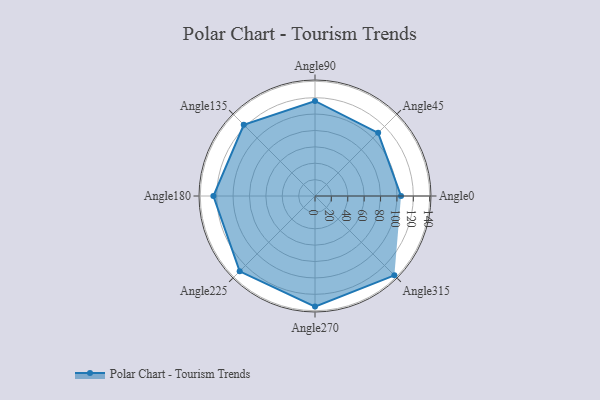
{"axis": {"x": "Angle", "y": "Radius"}, "legend": [""], "data": [{"x": "Angle0", "y": 105.0, "type": ""}, {"x": "Angle45", "y": 109.0, "type": ""}, {"x": "Angle90", "y": 116.0, "type": ""}, {"x": "Angle135", "y": 123.0, "type": ""}, {"x": "Angle180", "y": 124.0, "type": ""}, {"x": "Angle225", "y": 130.0, "type": ""}, {"x": "Angle270", "y": 135.0, "type": ""}, {"x": "Angle315", "y": 137.0, "type": ""}]}